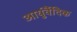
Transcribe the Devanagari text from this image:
आर्युर्वैदिक